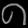
Digit: ၈